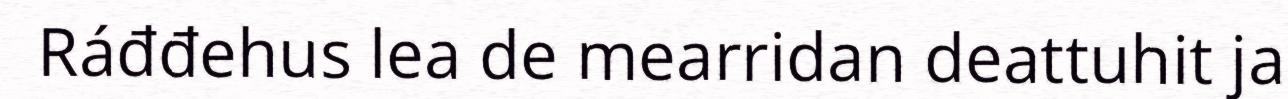
Ráđđehus lea de mearridan deattuhit ja